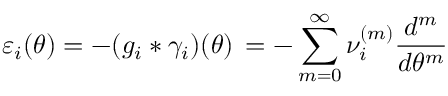
\varepsilon _ { i } ( \theta ) = - ( g _ { i } * \gamma _ { i } ) ( \theta ) \, = - \sum _ { m = 0 } ^ { \infty } \nu _ { i } ^ { ( m ) } \frac { d ^ { m } } { d \theta ^ { m } }